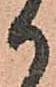
か